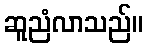
ဆူညံလာသည်။